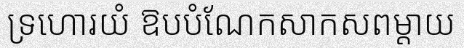
ទ្រហោរយំ ឱបបំណែកសាកសពម្តាយ